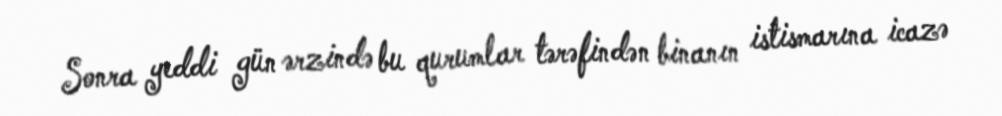
Sonra yeddi gün ərzində bu qurumlar tərəfindən binanın istismarına icazə